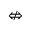
\nLeftrightarrow